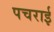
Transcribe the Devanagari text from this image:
पचराई